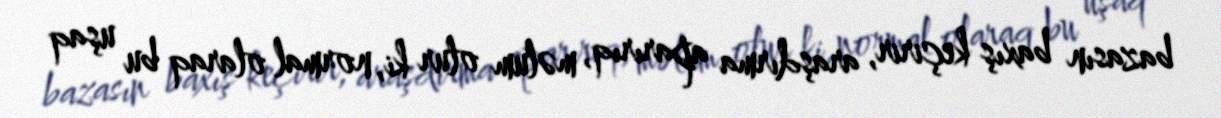
bazasın baxış keçirir, araşdırma aparırıq, məlum olur ki, normal olaraq bu uşaq